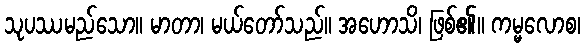
သုပဿမည်သော။ မာတာ၊ မယ်တော်သည်။ အဟောသိ၊ ဖြစ်၏။ ကမ္မလောစ၊